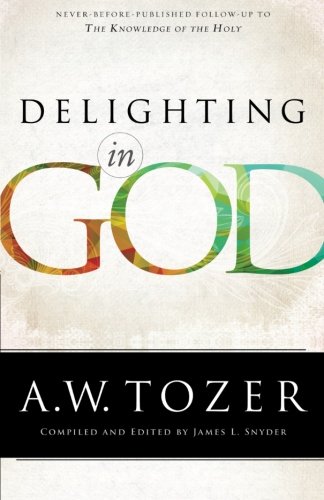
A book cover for Delighting in God; A.W. Tozer; Christian Books & Bibles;